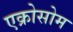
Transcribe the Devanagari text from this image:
एक्रोसोम